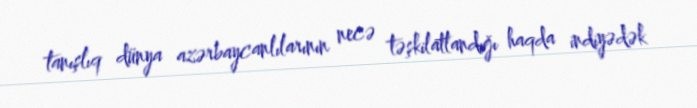
tanışlıq dünya azərbaycanlılarının necə təşkilatlandığı haqda indiyədək